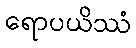
ရောပယိဿံ